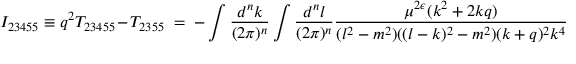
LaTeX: I _ { 2 3 4 5 5 } \equiv q ^ { 2 } T _ { 2 3 4 5 5 } - T _ { 2 3 5 5 } \; = \; - \int \frac { d ^ { n } k } { ( 2 \pi ) ^ { n } } \int \frac { d ^ { n } l } { ( 2 \pi ) ^ { n } } \frac { \mu ^ { 2 \epsilon } ( k ^ { 2 } + 2 k q ) } { ( l ^ { 2 } - m ^ { 2 } ) ( ( l - k ) ^ { 2 } - m ^ { 2 } ) ( k + q ) ^ { 2 } k ^ { 4 } }